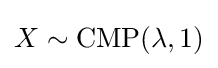
X\sim \operatorname {CMP} (\lambda ,1)